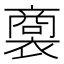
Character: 𧜟